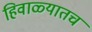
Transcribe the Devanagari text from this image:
हिवाळ्यातच